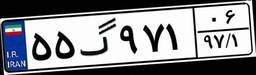
۵۵گ۹۷۱۰۶